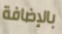
بالإضافة